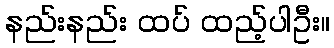
နည်းနည်း ထပ် ထည့်ပါဦး။